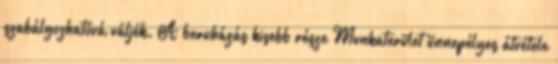
szabályozhatóvá váljék. A beruházás kisebb része Munkaterület ünnepélyes átvétele